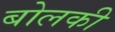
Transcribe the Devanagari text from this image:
बोलकी